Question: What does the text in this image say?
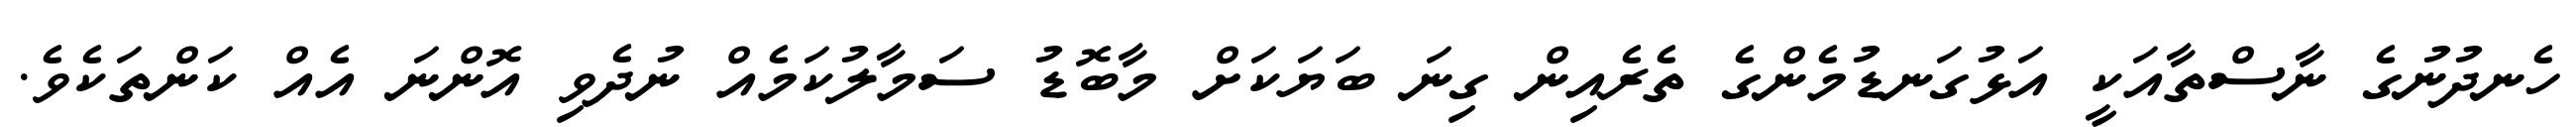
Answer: ހެނދުނުގެ ނާސްތާއަކީ އަޅުގަނޑުމެންގެ ތެރެއިން ގިނަ ބަޔަކަށް މާބޮޑު ސަމާލުކަމެއް ނުދެވި އޮންނަ އެއް ކަންތަކެވެ.